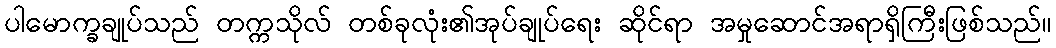
ပါမောက္ခချုပ်သည် တက္ကသိုလ် တစ်ခုလုံး၏အုပ်ချုပ်ရေး ဆိုင်ရာ အမှုဆောင်အရာရှိကြီးဖြစ်သည်။